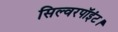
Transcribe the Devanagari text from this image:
सिल्वरपॉइंट।